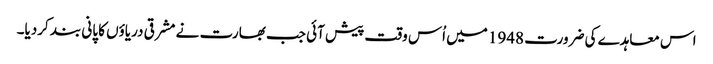
اس معاہدے کی ضرورت 1948 میں اُس وقت پیش آئی جب بھارت نے مشرقی دریاؤں کا پانی بند کردیا۔